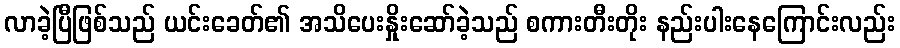
လာခဲ့ပြီဖြစ်သည် ယင်းခေတ်၏ အသိပေးနှိုးဆော်ခဲ့သည် စကားတီးတိုး နည်းပါးနေကြောင်းလည်း